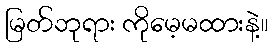
မြတ်ဘုရား ကိုမေ့မထားနဲ့။